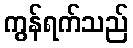
ကွန်ရက်သည်